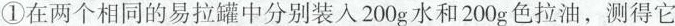
①在两个相同的易拉罐中分别装入200g水和200g色拉油，测得它